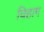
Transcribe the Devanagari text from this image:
विहाग